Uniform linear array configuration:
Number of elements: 8
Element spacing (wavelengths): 0.5
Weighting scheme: kaiser
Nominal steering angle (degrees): -60
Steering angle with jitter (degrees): -58.528
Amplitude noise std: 0.05
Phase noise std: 0.05

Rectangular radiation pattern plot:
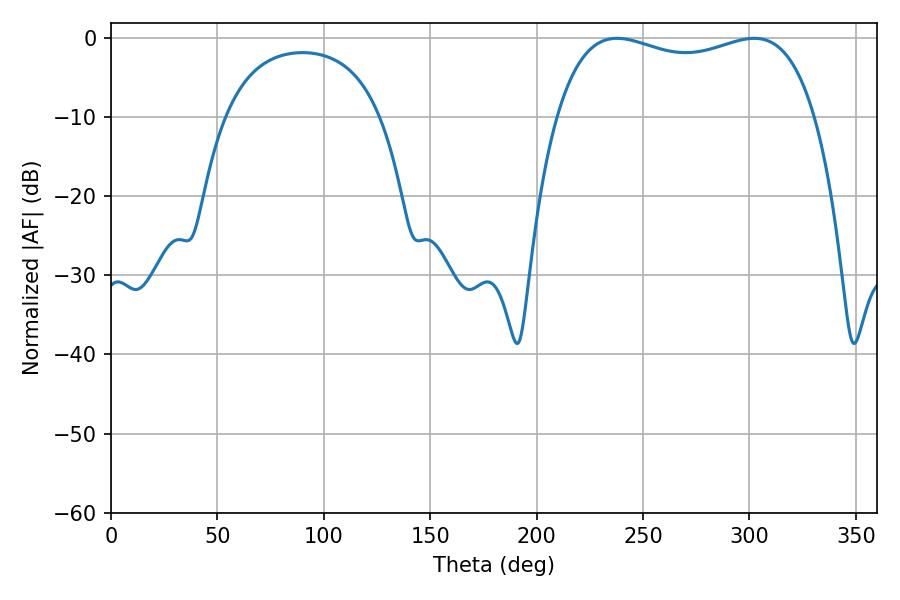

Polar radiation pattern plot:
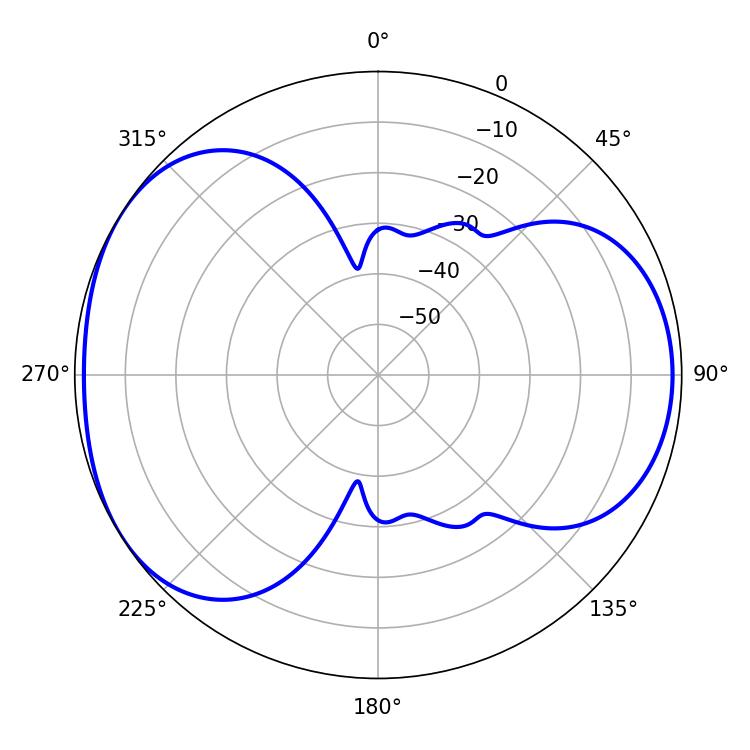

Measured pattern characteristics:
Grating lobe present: FALSE
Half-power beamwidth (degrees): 99.36
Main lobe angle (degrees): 237.78